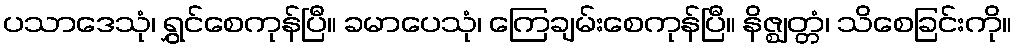
ပသာဒေသုံ၊ ရွှင်စေကုန်ပြီ။ ခမာပေသုံ၊ ကြေချမ်းစေကုန်ပြီ။ နိဇ္ဈတ္တံ၊ သိစေခြင်းကို။